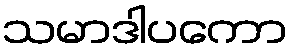
သမာဒါပကော